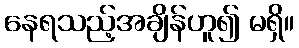
နေရသည့်အချိန်ဟူ၍ မရှိ။